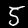
Digit: 5